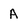
Character: A